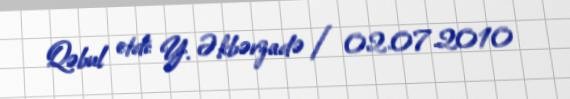
Qəbul etdi: Y. Əkbərzadə / 02.07.2010